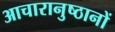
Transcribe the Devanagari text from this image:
आचारानुष्ठानों